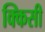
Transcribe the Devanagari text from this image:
क्किसी